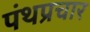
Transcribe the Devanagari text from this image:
पंथप्रचार